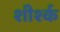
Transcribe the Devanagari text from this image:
शीर्श्क